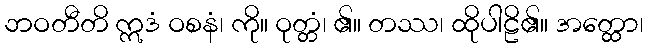
ဘဝတီတိ ဣဒံ ဝစနံ၊ ကို။ ဝုတ္တံ၊ ၏။ တဿ၊ ထိုပါဠိ၏။ အတ္ထော၊